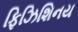
ફિઝિશિનય